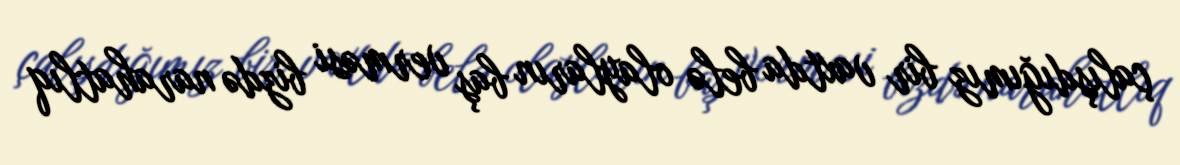
çalışdığımız bir vaxtda belə olayların baş verməsi bizdə narahatlıq